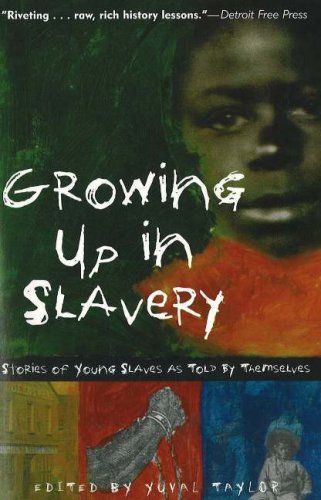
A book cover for Growing Up in Slavery: Stories of Young Slaves as Told by Themselves; Teen & Young Adult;